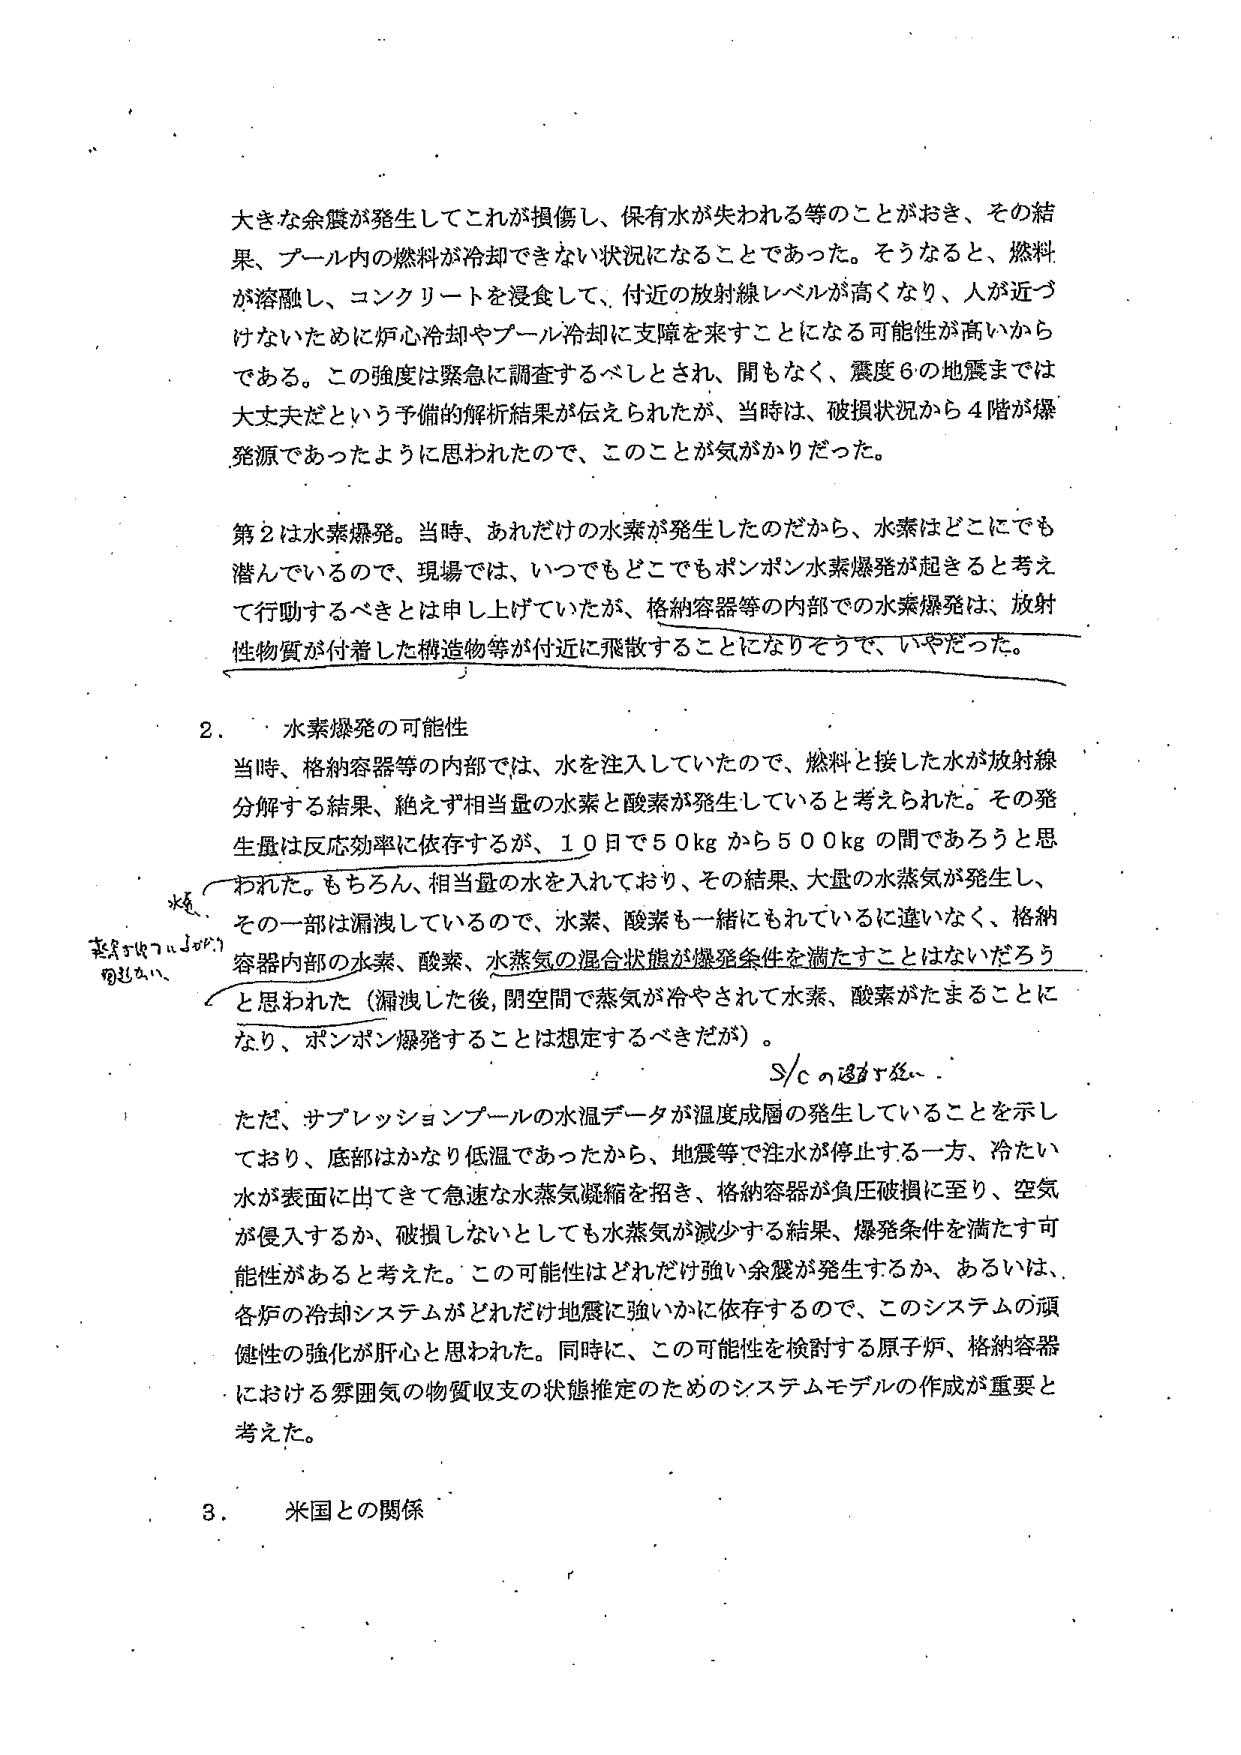
大きな余震が発生してこれが損傷し、保有水が失われる等のことがおき、その結果、プール内の燃料が冷却できない状況になることであった。そうなると、燃料が溶融し、コンクリートを浸食して、付近の放射線レベルが高くなり、人が近づけないために炉心冷却やプール冷却に支障を来すことになる可能性が高いからである。この強度は緊急に調査するべしとされ、間もなく、震度６の地震までは大丈夫だという予備的解析結果が伝えられたが、当時は、破損状況から４階が爆発源であったように思われたので、このことが気がかりだった。

第２は水素爆発。当時、あれだけの水素が発生したのだから、水素はどこにでも潜んでいるので、現場では、いつでもどこでもポンポン水素爆発が起きると考えて行動するべきとは申し上げていたが、格納容器等の内部での水素爆発は、放射性物質が付着した構造物等が付近に飛散することになりそうで、いやだった。

２．水素爆発の可能性

当時、格納容器等の内部では、水を注入していたので、燃料と接した水が放射線分解する結果、絶えず相当量の水素と酸素が発生していると考えられた。その発生量は反応効率に依存するが、１０日で５０kgから５００kgの間であろうと思われた。もちろん、相当量の水を入れており、その結果、大量の水蒸気が発生し、その一部は漏洩しているので、水素、酸素も一緒にもれているに違いない、格納容器内部の水素、酸素、水蒸気の混合状態が爆発条件を満たすことはないだろうと思われた（漏洩した後、閉空間で蒸気が冷やされて水素、酸素がたまることになり、ポンポン爆発することは想定するべきだが）。

ただ、サプレッションプールの水温データが温度成層の発生していることを示しており、底部はかなり低温であったから、地震等で注水が停止する一方、冷たい水が表面に出てきて急速な水蒸気凝縮を招き、格納容器が負圧破損に至り、空気が侵入するか、破損しないとしても水蒸気が減少する結果、爆発条件を満たす可能性があると考えた。この可能性はどれだけ強い余震が発生するか、あるいは、各炉の冷却システムがどれだけ地震に強いかに依存するので、このシステムの頑健性の強化が肝心と思われた。同時に、この可能性を検討する原子炉、格納容器における雰囲気の物質収支の状態推定のためのシステムモデルの作成が重要と考えた。

３．米国との関係